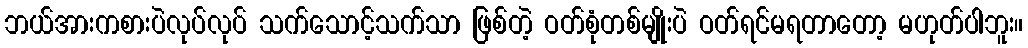
ဘယ်အားကစားပဲလုပ်လုပ် သက်သောင့်သက်သာ ဖြစ်တဲ့ ဝတ်စုံတစ်မျိုးပဲ ဝတ်ရင်မရတာတော့ မဟုတ်ပါဘူး။